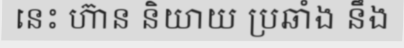
នេះ ហ៊ាន និយាយ ប្រឆាំង នឹង